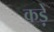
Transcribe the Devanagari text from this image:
कड़ें